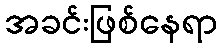
အခင်းဖြစ်နေရာ